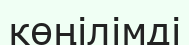
көңілімді